Indian journal of veterinary science and animal husbandry - Volumes 26-27, 1956-1957
Year: 1956
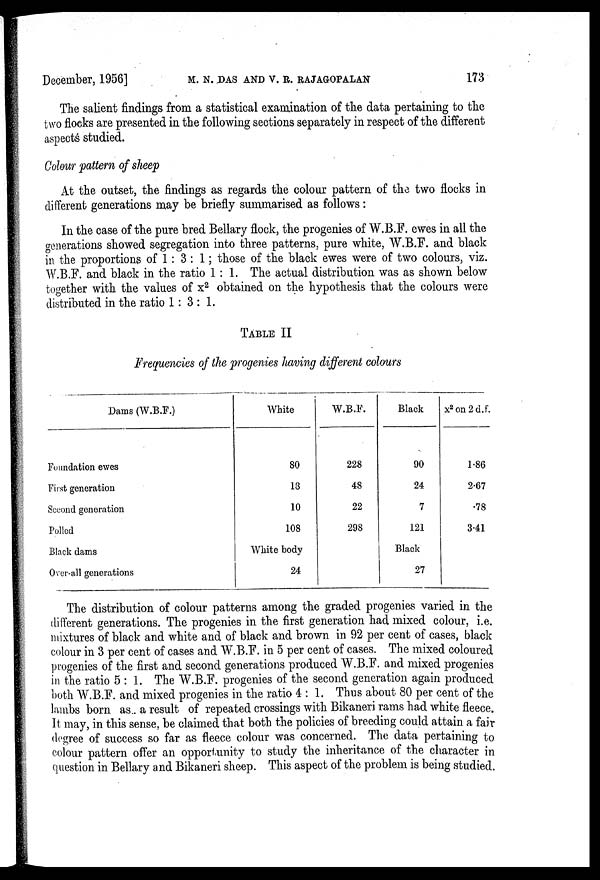
December, 1956] M. N. DAS AND V. R. RAJAGOPALAN 173
The salient findings from a statistical examination of the data pertaining to the
two flocks are presented in the following sections separately in respect of the different
aspects studied.
Colour pattern of sheep
At the outset, the findings as regards the colour pattern of the two flocks in
different generations may be briefly summarised as follows :
In the case of the pure bred Bellary flock, the progenies of W.B.F. ewes in all the
generations showed segregation into three patterns, pure white, W.B.F. and black
in the proportions of 1 : 3 : 1 ; those of the black ewes were of two colours, viz.
W.B.F. and black in the ratio 1 : 1. The actual distribution was as shown below
together with the values of x 2 obtained on the hypothesis that the colours were
distributed in the ratio 1 : 3 : 1.
TABLE II
Frequencies of the progenies having different colours
Dams (W.B.F.)
Foundation ewes
First generation
Second generation
Polled
Black dams
Over-all generations
White
80
13
10
108
White body
24
W.B.F.
228
48
22
298
Black
90
24
7
121
Black
27
x 2 on 2 d.f.
1.86
2.67
.78
3.41
The distribution of colour patterns among the graded progenies varied in the
different generations. The progenies in the first generation had mixed colour, i.e.
mixtures of black and white and of black and brown in 92 per cent of cases, black
colour in 3 per cent of cases and W.B.F. in 5 per cent of cases. The mixed coloured
progenies of the first and second generations produced W.B.F. and mixed progenies
in the ratio 5 : 1. The W.B.F. progenies of the second generation again produced
both W.B.F. and mixed progenies in the ratio 4 : 1. Thus about 80 per cent of the
lambs born as a result of repeated crossings with Bikaneri rams had white fleece.
It may, in this sense, be claimed that both the policies of breeding could attain a fair
degree of success so far as fleece colour was concerned. The data pertaining to
colour pattern offer an opportunity to study the inheritance of the character in
question in Bellary and Bikaneri sheep. This aspect of the problem is being studied.